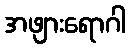
အဖျားရောဂါ